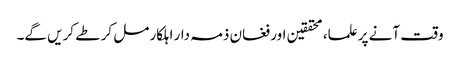
وقت آنے پر علما، محققین اور فغان ذمہ دار اہلکار مل کر طے کریں گے۔